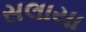
સલાયા